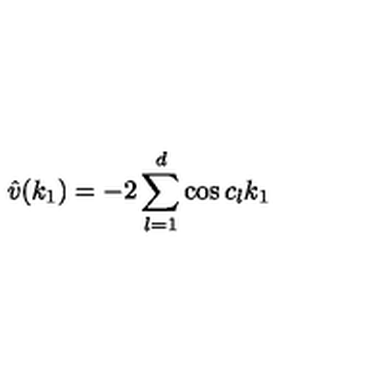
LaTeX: \hat { v } ( k _ { 1 } ) = - 2 \sum _ { l = 1 } ^ { d } \cos c _ { l } k _ { 1 }